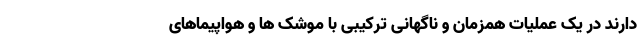
دارند در یک عملیات همزمان و ناگهانی ترکیبی با موشک ها و هواپیماهای